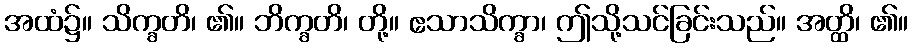
အထံ၌။ သိက္ခတိ၊ ၏။ ဘိက္ခတိ၊ တို့။ ဧသာသိက္ခာ၊ ဤသို့သင်ခြင်းသည်။ အတ္ထိ၊ ၏။